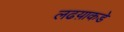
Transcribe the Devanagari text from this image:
लढय़ाकडे